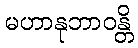
မဟာနုဘာဝန္တိ